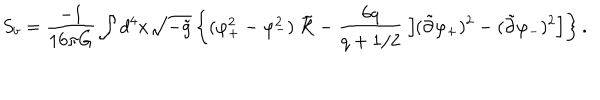
S _ { b } = { \frac { - 1 } { 1 6 \pi G } } \int d ^ { 4 } x \sqrt { - \tilde { g } } \left\{ ( \varphi _ { + } ^ { 2 } - \varphi _ { - } ^ { 2 } ) \ \tilde { \cal R } - { \frac { 6 q } { q + 1 / 2 } } \left[ ( \tilde { \partial } \varphi _ { + } ) ^ { 2 } - ( \tilde { \partial } \varphi _ { - } ) ^ { 2 } \right] \right\} .